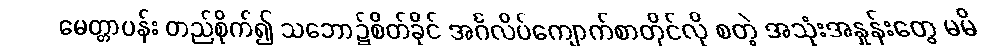
မေတ္တာပန်း တည်စိုက်၍ သဘော၌စိတ်ခိုင် အင်္ဂလိပ်ကျောက်စာတိုင်လို စတဲ့ အသုံးအနှုန်းတွေ မမိ